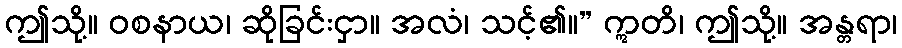
ဤသို့။ ဝစနာယ၊ ဆိုခြင်းငှာ။ အလံ၊ သင့်၏။” ဣတိ၊ ဤသို့။ အန္တရာ၊